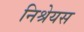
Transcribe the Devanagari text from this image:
निश्रेयस